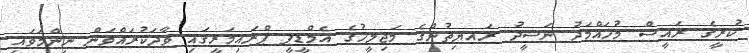
ކުރީގެ ރައީސް މުހައްމަދު ނަޝީދު ރައޔިތުންގެ މަޖިލީހުގެ އެމްޑީޕީ ޕްރައިމަރީގައި ވާދަކުރައްވަން ނިންމަވައި